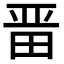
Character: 𭻍